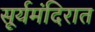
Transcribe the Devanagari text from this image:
सूर्यमंदिरात